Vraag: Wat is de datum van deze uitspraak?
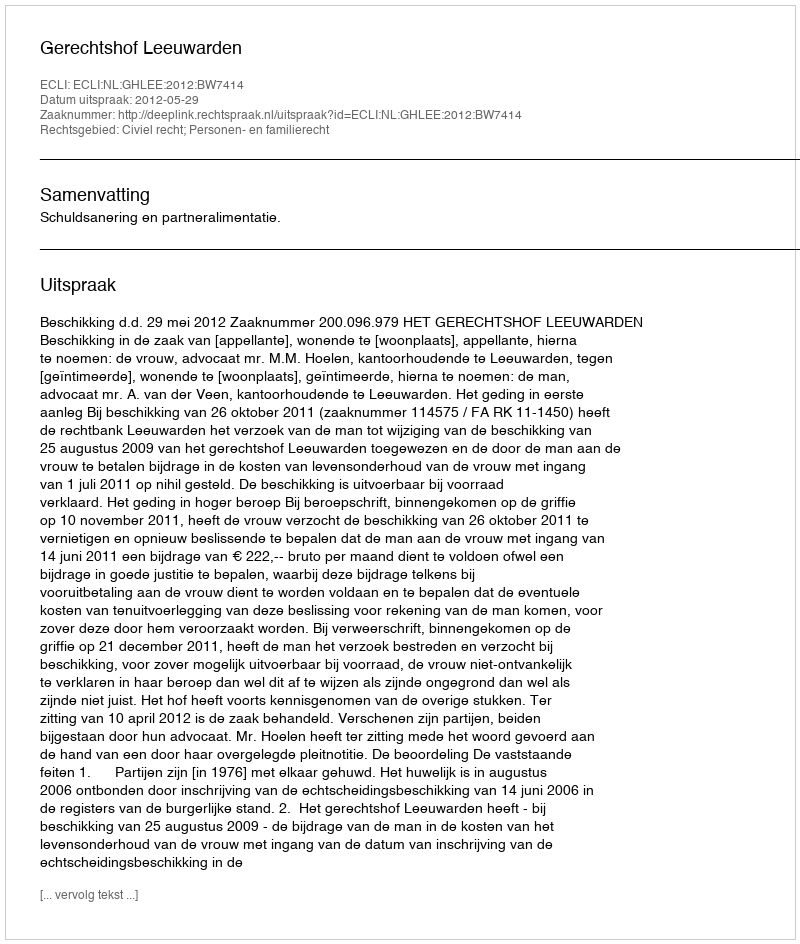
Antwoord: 2012-05-29